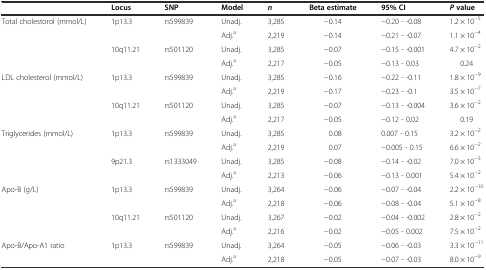
<table><thead><tr><td></td><td><b>Locus</b></td><td><b>SNP</b></td><td><b>Model</b></td><td><b><i>n</i></b></td><td><b>Beta estimate</b></td><td><b>95% CI</b></td><td><b><i>P</i>value</b></td></tr></thead><tbody><tr><td>Total cholestorol (mmol/L)</td><td>1p13.3</td><td>rs599839</td><td>Unadj.</td><td>3,285</td><td>−0.14</td><td>−0.20 - -0.08</td><td>1.2 × 10<sup>−5</sup></td></tr><tr><td></td><td></td><td></td><td>Adj.<sup>a</sup></td><td>2,219</td><td>−0.14</td><td>−0.21 - -0.07</td><td>1.1 × 10<sup>−4</sup></td></tr><tr><td></td><td>10q11.21</td><td>rs501120</td><td>Unadj.</td><td>3,285</td><td>−0.07</td><td>−0.15 - -0.001</td><td>4.7 × 10<sup>−2</sup></td></tr><tr><td></td><td></td><td></td><td>Adj.<sup>a</sup></td><td>2,217</td><td>−0.05</td><td>−0.13 - 0.03</td><td>0.24</td></tr><tr><td>LDL cholesterol (mmol/L)</td><td>1p13.3</td><td>rs599839</td><td>Unadj.</td><td>3,285</td><td>−0.16</td><td>−0.22 - -0.11</td><td>1.8 × 10<sup>−9</sup></td></tr><tr><td></td><td></td><td></td><td>Adj.<sup>a</sup></td><td>2,219</td><td>−0.17</td><td>−0.23 - -0.1</td><td>3.5 × 10<sup>−7</sup></td></tr><tr><td></td><td>10q11.21</td><td>rs501120</td><td>Unadj.</td><td>3,285</td><td>−0.07</td><td>−0.13 - -0.004</td><td>3.6 × 10<sup>−2</sup></td></tr><tr><td></td><td></td><td></td><td>Adj.<sup>a</sup></td><td>2,217</td><td>−0.05</td><td>−0.12 - 0.02</td><td>0.19</td></tr><tr><td>Triglycerides (mmol/L)</td><td>1p13.3</td><td>rs599839</td><td>Unadj.</td><td>3,285</td><td>0.08</td><td>0.007 - 0.15</td><td>3.2 × 10<sup>−2</sup></td></tr><tr><td></td><td></td><td></td><td>Adj.<sup>a</sup></td><td>2,219</td><td>0.07</td><td>−0.005 - 0.15</td><td>6.6 × 10<sup>−2</sup></td></tr><tr><td></td><td>9p21.3</td><td>rs1333049</td><td>Unadj.</td><td>3,285</td><td>−0.08</td><td>−0.14 - -0.02</td><td>7.0 × 10<sup>−3</sup></td></tr><tr><td></td><td></td><td></td><td>Adj.<sup>a</sup></td><td>2,213</td><td>−0.06</td><td>−0.13 - 0.001</td><td>5.4 × 10<sup>−2</sup></td></tr><tr><td>Apo-B (g/L)</td><td>1p13.3</td><td>rs599839</td><td>Unadj.</td><td>3,264</td><td>−0.06</td><td>−0.07 - -0.04</td><td>2.2 × 10<sup>−10</sup></td></tr><tr><td></td><td></td><td></td><td>Adj.<sup>a</sup></td><td>2,218</td><td>−0.06</td><td>−0.08 - -0.04</td><td>5.1 × 10<sup>−8</sup></td></tr><tr><td></td><td>10q11.21</td><td>rs501120</td><td>Unadj.</td><td>3,267</td><td>−0.02</td><td>−0.04 - -0.002</td><td>2.8 × 10<sup>−2</sup></td></tr><tr><td></td><td></td><td></td><td>Adj.<sup>a</sup></td><td>2,216</td><td>−0.02</td><td>−0.05 - 0.002</td><td>7.5 × 10<sup>−2</sup></td></tr><tr><td>Apo-B/Apo-A1 ratio</td><td>1p13.3</td><td>rs599839</td><td>Unadj.</td><td>3,264</td><td>−0.05</td><td>−0.06 - -0.03</td><td>3.3 × 10<sup>−11</sup></td></tr><tr><td></td><td></td><td></td><td>Adj.<sup>a</sup></td><td>2,218</td><td>−0.05</td><td>−0.07 - -0.03</td><td>8.0 × 10<sup>−9</sup></td></tr></tbody></table>